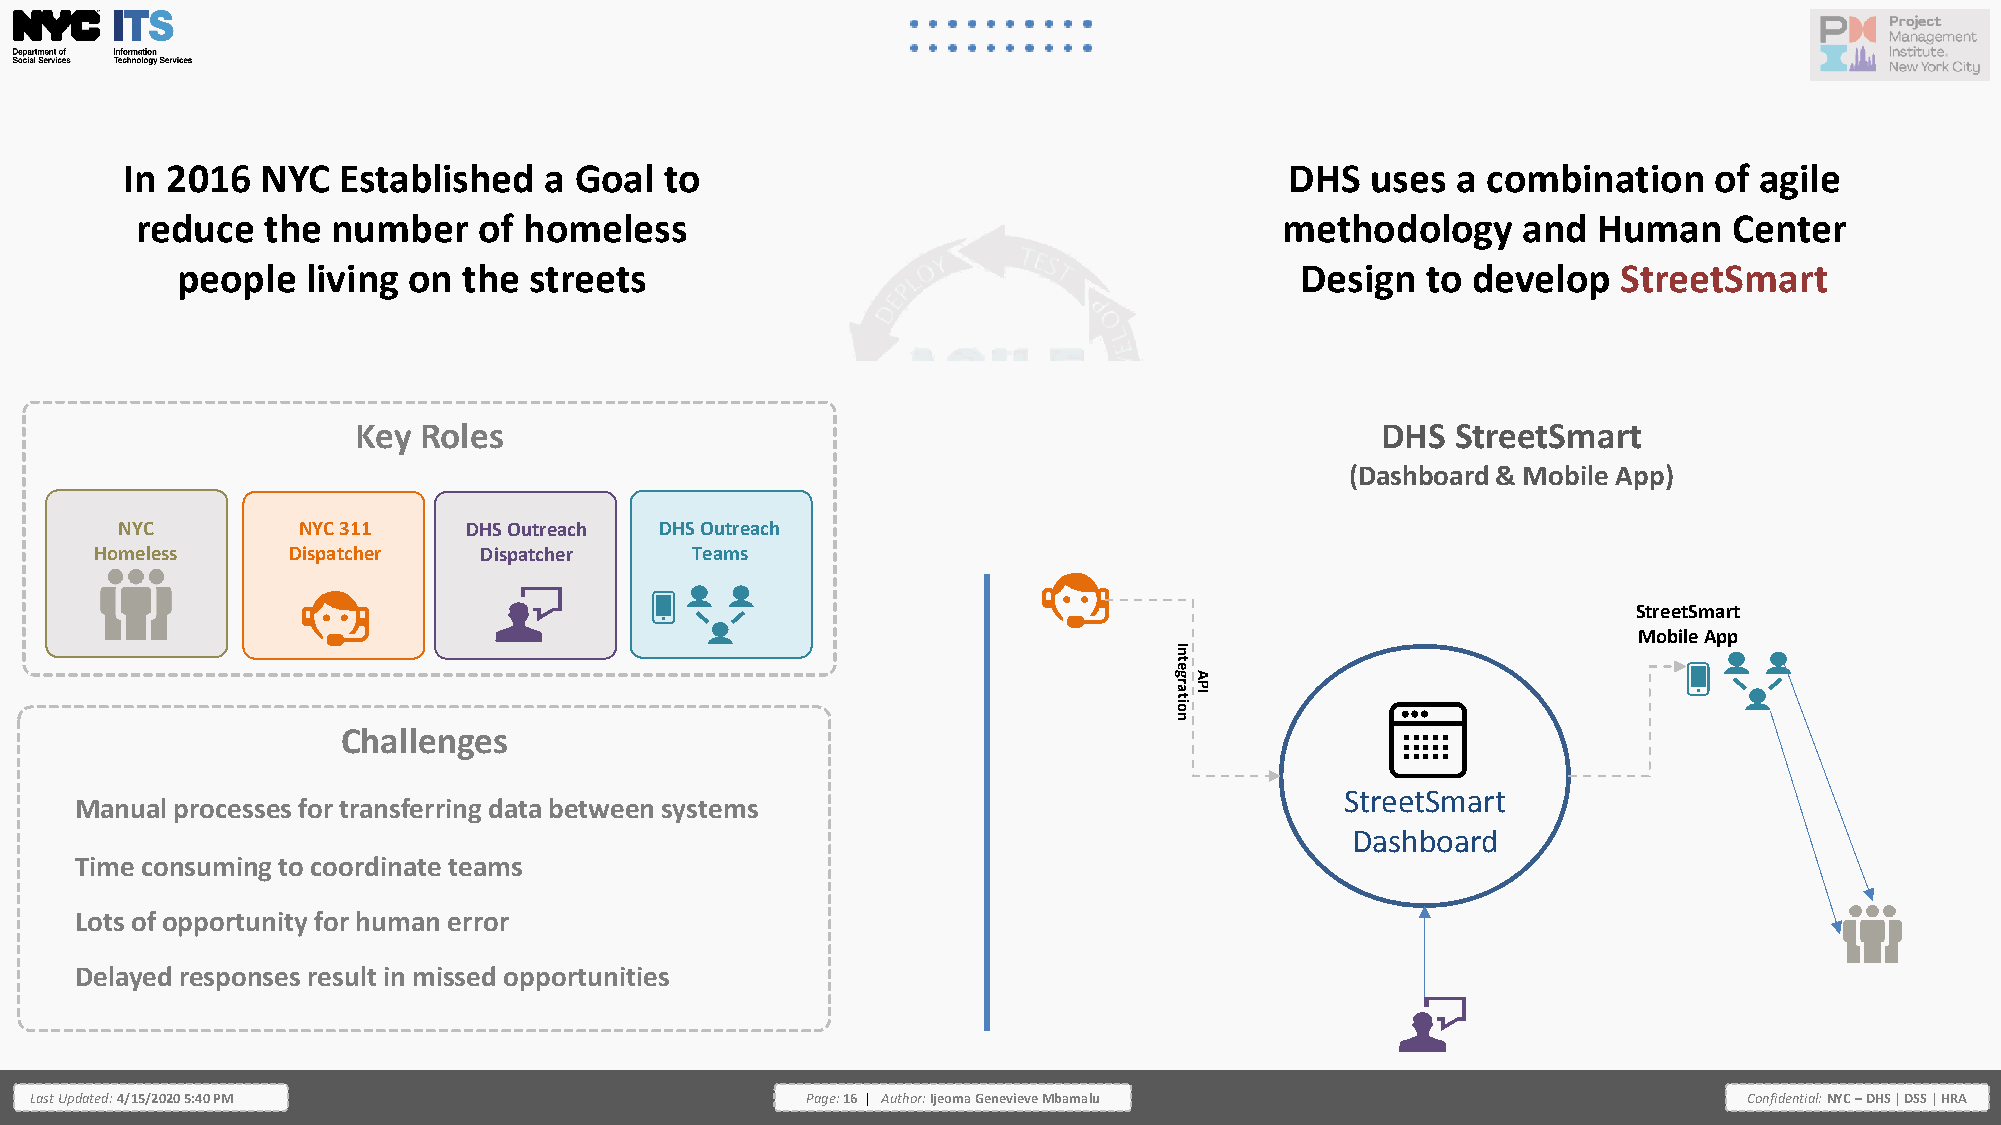
In 2016  NYC  Established   a Goal  to                                       DHS   uses a combination    of agile
 reduce  the  number    of homeless                                          methodology     and  Human    Center
 people  living on  the streets                                            Design  to develop   StreetSmart
 Key Roles                                                          DHS  StreetSmart
 (Dashboard & Mobile App)
 NYC         NYC 311    DHS Outreach DHS Outreach
 Homeless     Dispatcher   Dispatcher    Teams
 StreetSmart
 Mobile App
 nI
 et
 gA
 oitar IP
 n
 Challenges
 StreetSmart
 Manual processes for transferring data between systems
 Dashboard
 Time consuming to coordinate teams
 Lots of opportunity for human error
 Delayed responses result in missed opportunities
 Last Updated: 4/15/2020 5:40 PM                    Page: 16 | Author: Ijeoma Genevieve Mbamalu                    Confidential: NYC – DHS | DSS | HRA